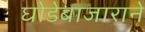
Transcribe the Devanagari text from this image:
घोडेबाजाराने